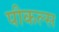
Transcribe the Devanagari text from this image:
पीकल्स